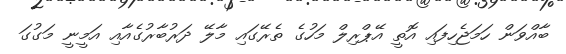
ބާއްވަން ހަމަޖެހިފައި އޮތީ އޭޕްރިލް މަހުގެ ތެރޭގައި މާލޭ ދަރުބާރުގެއާއި އަމީނީ މަގުގަ